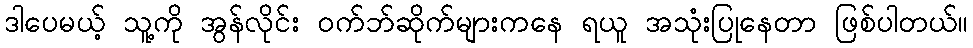
ဒါပေမယ့် သူ့ကို အွန်လိုင်း ဝက်ဘ်ဆိုက်များကနေ ရယူ အသုံးပြုနေတာ ဖြစ်ပါတယ်။